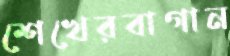
শেখেরবাগান